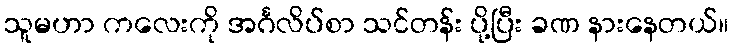
သူမဟာ ကလေးကို အင်္ဂလိပ်စာ သင်တန်း ပို့ပြီး ခဏ နားနေတယ်။